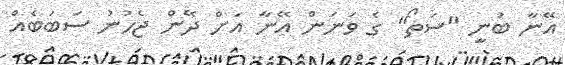
އޭނާ ބުނީ "ސަތޯ" ގެ ވަނަން އޭނާ އަށް ދޭން ޖެހުނު ސަބަބެއް